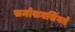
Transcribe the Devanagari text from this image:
समोखनसिंगने